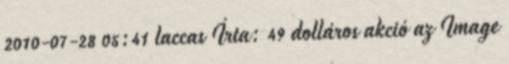
2010-07-28 05:41 laccas Írta: 49 dolláros akció az Image